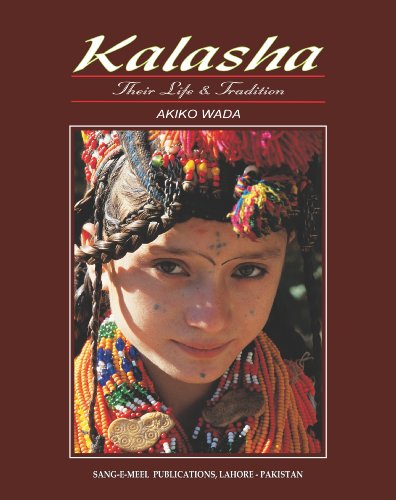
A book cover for Kalasha; Akiko Wada; Travel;